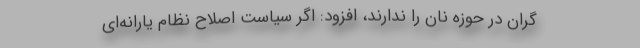
گران در حوزه نان را ندارند، افزود: اگر سیاست اصلاح نظام یارانه‌ای